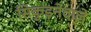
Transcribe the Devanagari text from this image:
सिकुड़नेवाले